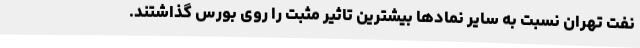
نفت تهران نسبت به سایر نمادها بیشترین تاثیر مثبت را روی بورس گذاشتند.